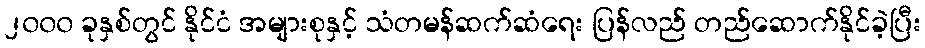
၂၀၀၀ ခုနှစ်တွင် နိုင်ငံ အများစုနှင့် သံတမန်ဆက်ဆံရေး ပြန်လည် တည်ဆောက်နိုင်ခဲ့ပြီး